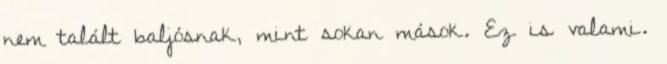
nem talált baljósnak, mint sokan mások. Ez is valami.